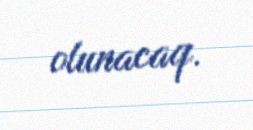
olunacaq.